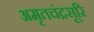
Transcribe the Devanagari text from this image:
अमृतचंद्रसूरि